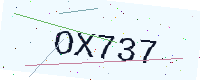
Text: OX737